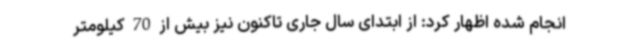
انجام شده اظهار کرد: از ابتدای سال جاری تاکنون نیز بیش از 70 کیلومتر